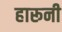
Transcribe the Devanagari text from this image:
हारूनी